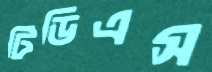
টিডিএস